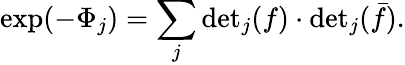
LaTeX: \exp(-\Phi_{j})=\sum_{j}\mathrm{det}_{j}(f)\cdot\mathrm{det}_{j}(\bar{f}).